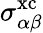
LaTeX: \sigma_{\alpha\beta}^{\mathrm{xc}}